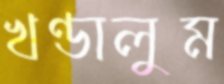
খণ্ডালুম